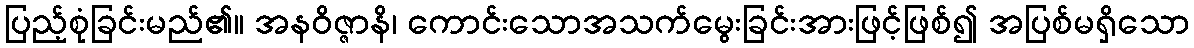
ပြည့်စုံခြင်းမည်၏။ အနဝိဇ္ဇာနိ၊ ကောင်းသောအသက်မွေးခြင်းအားဖြင့်ဖြစ်၍ အပြစ်မရှိသော